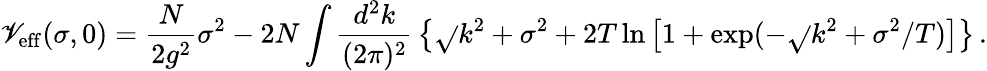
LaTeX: \mathscr{V}_{\mathrm{{eff}}}(\sigma,0)={\frac{{N}}{{2g^{2}}}}\sigma^{2}-2N\int{\frac{{d^{2}k}}{{(2\pi)^{2}}}}\left\{ \sqrt{}{{k^{2}+\sigma^{2}}}+{2T}\ln\left[1+\exp(-\sqrt{}{{k^{2}+\sigma^{2}}}/T)\right]\right\} \, .